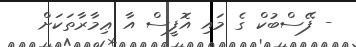
- ފޭސްބުކް ގެ މައި އޮފީސް އާ ޢިމާރާތަކަށް